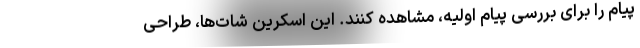
پیام را برای بررسی پیام اولیه، مشاهده کنند. این اسکرین شات‌ها، طراحی